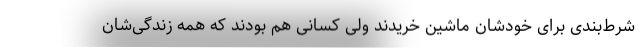
شرط‌بندی برای خودشان ماشین خریدند ولی کسانی هم بودند که همه زندگی‌شان